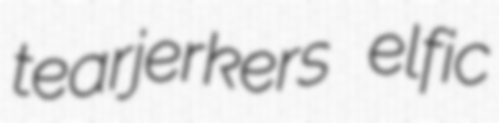
tearjerkers elfic